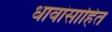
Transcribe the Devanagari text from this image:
धावांसाहित